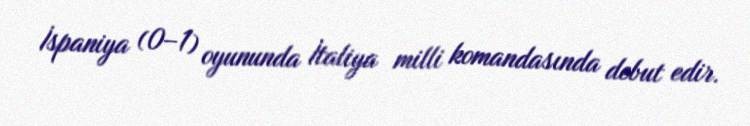
İspaniya (0–1) oyununda İtaliya milli komandasında debut edir.